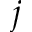
j